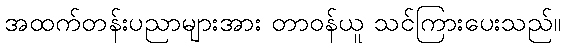
အထက်တန်းပညာများအား တာဝန်ယူ သင်ကြားပေးသည်။